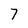
Character: 7